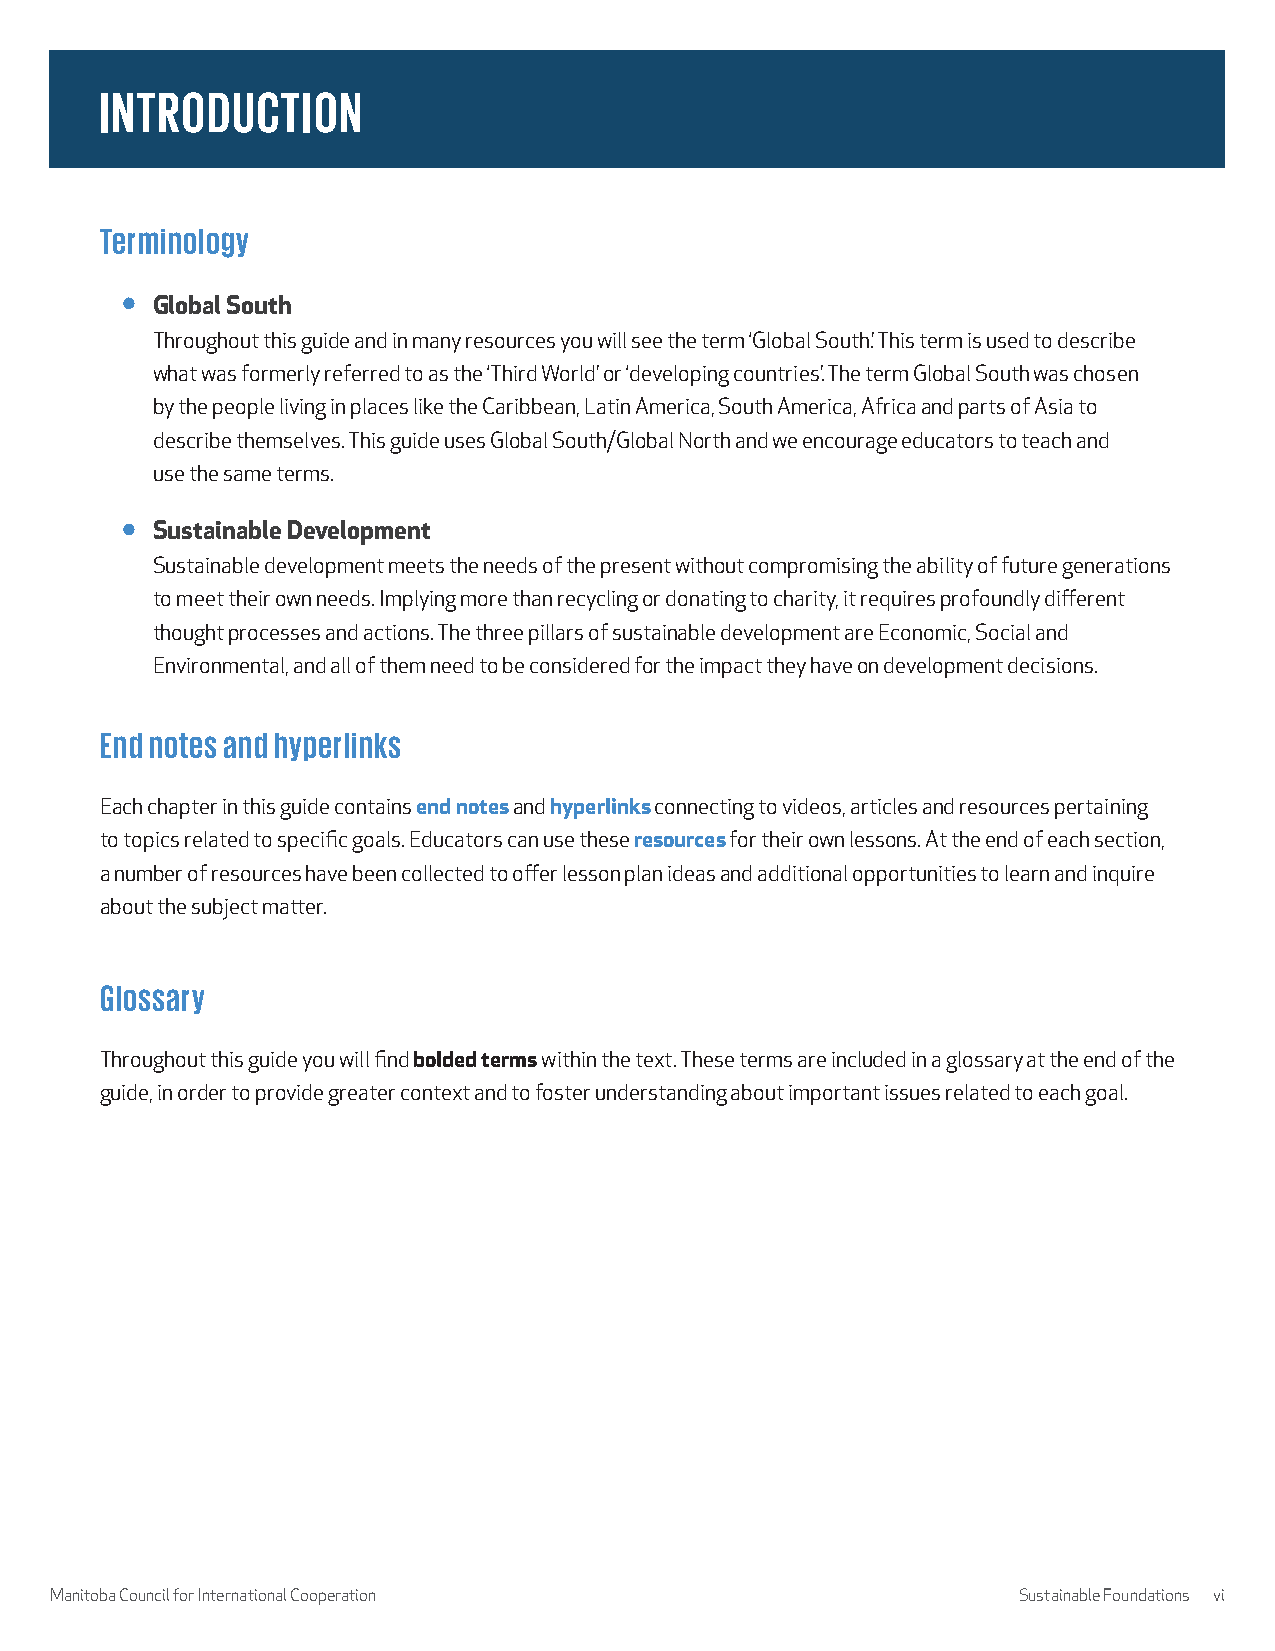
INTRODUCTION
 Terminology
 Global South
 Throughout this guide and in many resources you will see the term ‘Global South.’ This term is used to describe
 what was formerly referred to as the ‘Third World’ or ‘developing countries.’ The term Global South was chosen
 by the people living in places like the Caribbean, Latin America, South America, Africa and parts of Asia to
 describe themselves. This guide uses Global South/Global North and we encourage educators to teach and
 use the same terms.
 Sustainable Development
 Sustainable development meets the needs of the present without compromising the ability of future generations
 to meet their own needs. Implying more than recycling or donating to charity, it requires profoundly different
 thought processes and actions. The three pillars of sustainable development are Economic, Social and
 Environmental, and all of them need to be considered for the impact they have on development decisions.
 End notes and hyperlinks
 Each chapter in this guide contains end notes and hyperlinks connecting to videos, articles and resources pertaining
 to topics related to specific goals. Educators can use these resources for their own lessons. At the end of each section,
 a number of resources have been collected to offer lesson plan ideas and additional opportunities to learn and inquire
 about the subject matter.
 Glossary
 Throughout this guide you will find bolded terms within the text. These terms are included in a glossary at the end of the
 guide, in order to provide greater context and to foster understanding about important issues related to each goal.
 Manitoba Council for International Cooperation                  Sustainable Foundations vi